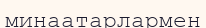
минаатарлармен